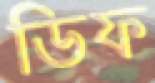
ডিফ